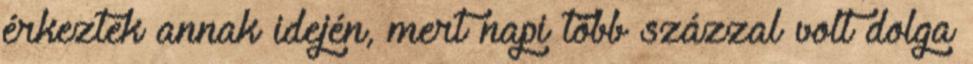
érkeztek annak idején, mert napi több százzal volt dolga